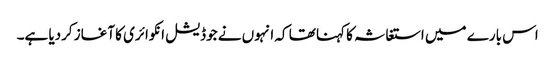
اس بارے میں استغاثہ کا کہنا تھا کہ انہوں نے جوڈیشل انکوائری کا آغاز کردیا ہے۔